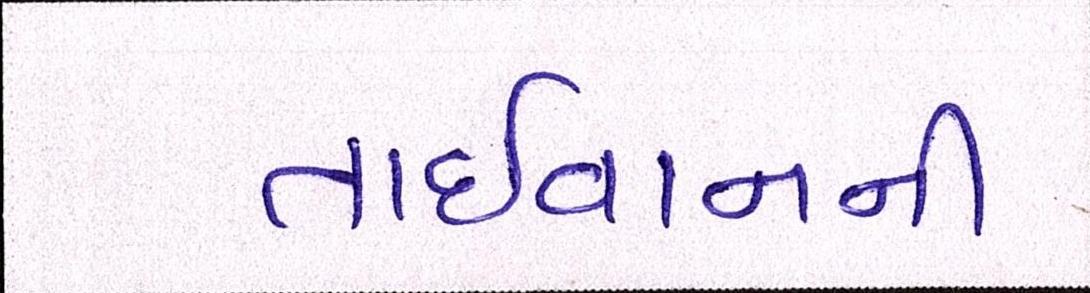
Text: તાઈવાનની